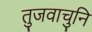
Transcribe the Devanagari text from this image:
तुजवाचुनि